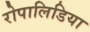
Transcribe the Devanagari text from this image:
रोपालिडिया